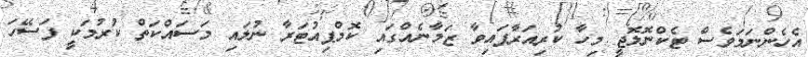
އެހެންނަމަވެސް ޓެކްނޮލޮޖީ މިހާ ކުރިއަރާފައިވާ ޒަމާނެއްގައި ކޮމްޕިއުޓަރާ ނުލައި މަސައްކަތް ކުރުމަކީ ފަސޭހަ